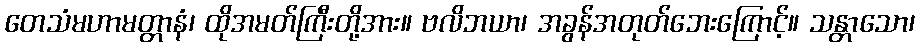
တေသံမဟာမတ္တာနံ၊ ထိုအမတ်ကြီးတို့အား။ ဗလိဘယာ၊ အခွန်အတုတ်ဘေးကြောင့်။ သန္တာသော၊